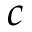
c